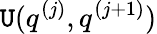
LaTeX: \mathtt{U}(q^{(j)},q^{(j+1)})